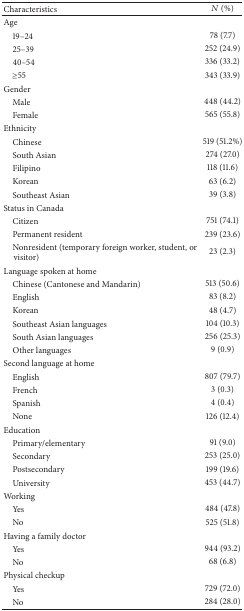
| Characteristics | N (%) |
 | --- | --- |
 | Age |  |
 | 19–24 | 78 (7.7) |
 | 25–39 | 252 (24.9) |
 | 40–54 | 336 (33.2) |
 | ≥55 | 343 (33.9) |
 | Gender |  |
 | Male | 448 (44.2) |
 | Female | 565 (55.8) |
 | Ethnicity |  |
 | Chinese | 519 (51.2%) |
 | South Asian | 274 (27.0) |
 | Filipino | 118 (11.6) |
 | Korean | 63 (6.2) |
 | Southeast Asian | 39 (3.8) |
 | Status in Canada |  |
 | Citizen | 751 (74.1) |
 | Permanent resident | 239 (23.6) |
 | Nonresident (temporary foreign worker, student, or visitor) | 23 (2.3) |
 | Language spoken at home |  |
 | Chinese (Cantonese and Mandarin) | 513 (50.6) |
 | English | 83 (8.2) |
 | Korean | 48 (4.7) |
 | Southeast Asian languages | 104 (10.3) |
 | South Asian languages | 256 (25.3) |
 | Other languages | 9 (0.9) |
 | Second language at home |  |
 | English | 807 (79.7) |
 | French | 3 (0.3) |
 | Spanish | 4 (0.4) |
 | None | 126 (12.4) |
 | Education |  |
 | Primary/elementary | 91 (9.0) |
 | Secondary | 253 (25.0) |
 | Postsecondary | 199 (19.6) |
 | University | 453 (44.7) |
 | Working |  |
 | Yes | 484 (47.8) |
 | No | 525 (51.8) |
 | Having a family doctor |  |
 | Yes | 944 (93.2) |
 | No | 68 (6.8) |
 | Physical checkup |  |
 | Yes | 729 (72.0) |
 | No | 284 (28.0) |